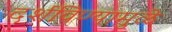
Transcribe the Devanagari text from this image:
दर्शविण्यामुळे